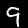
Digit: 9